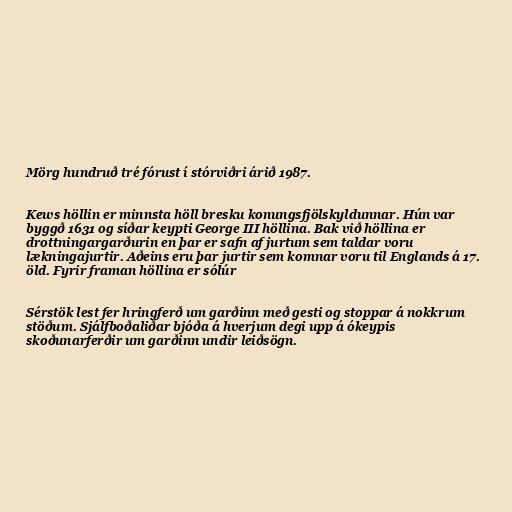
Mörg hundruð tré fórust í stórviðri árið 1987.

Kews höllin er minnsta höll bresku konungsfjölskyldunnar. Hún var
byggð 1631 og síðar keypti George III höllina. Bak við höllina er
drottningargarðurin en þar er safn af jurtum sem taldar voru
lækningajurtir. Aðeins eru þar jurtir sem komnar voru til Englands á 17.
öld. Fyrir framan höllina er sólúr

Sérstök lest fer hringferð um garðinn með gesti og stoppar á nokkrum
stöðum. Sjálfboðaliðar bjóða á hverjum degi upp á ókeypis
skoðunarferðir um garðinn undir leiðsögn.